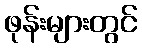
ဖုန်းများတွင်